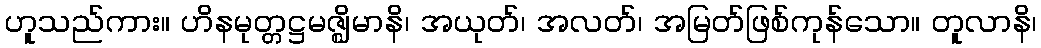
ဟူသည်ကား။ ဟိနမုတ္တဋ္ဌမဇ္ဈိမာနိ၊ အယုတ်၊ အလတ်၊ အမြတ်ဖြစ်ကုန်သော။ တူလာနိ၊